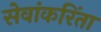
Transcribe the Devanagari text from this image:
सेवांकरिंता